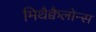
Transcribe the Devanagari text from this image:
मिथैक्वैलोन्स